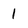
Character: 1